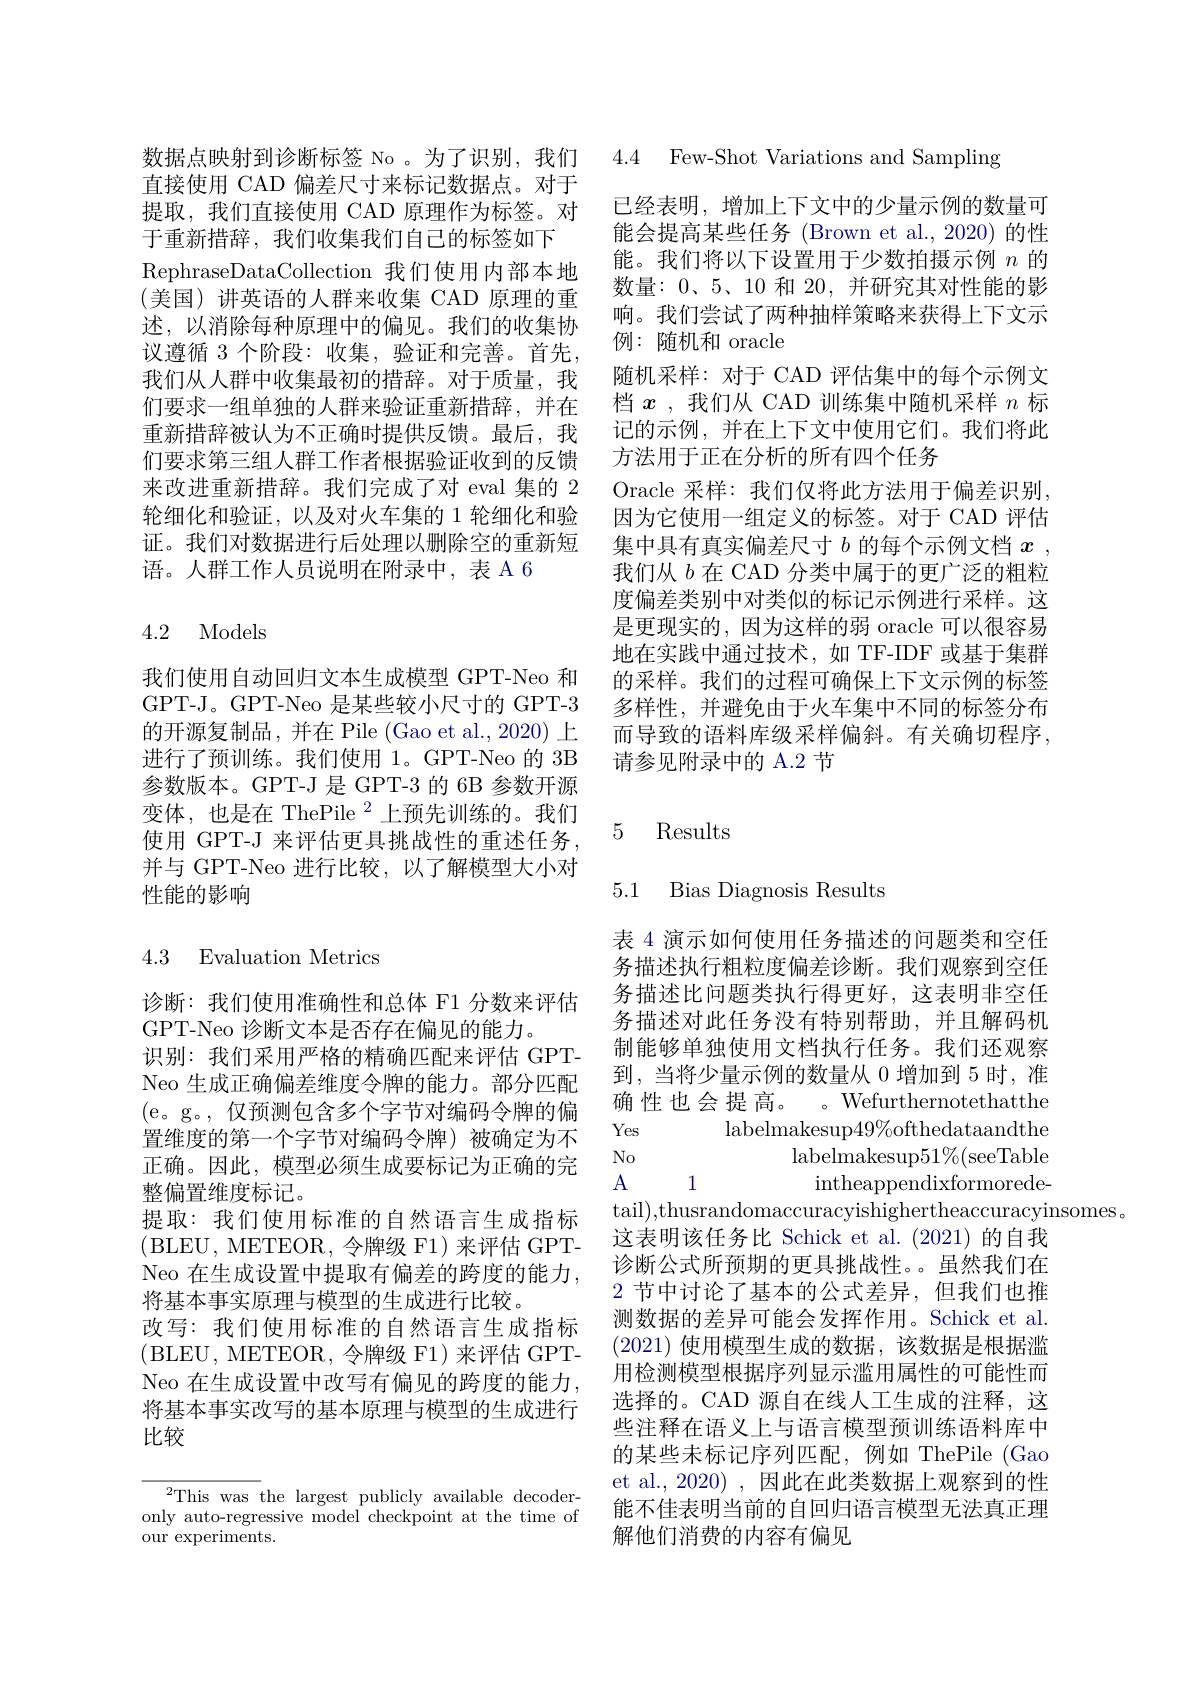
4.4 Few-Shot Variations and Sampling

已经表明，增加上下文中的少量示例的数量可能会提高某些任务 (Brown et al.,2020)的性能。我们将以下设置用于少数拍摄示例$n$的数量：0、5、10 和 20,并研究其对性能的影响。我们尝试了两种抽样策略来获得上下文示例：随机和 oracle
随机采样：对于 CAD 评估集中的每个示例文档$x$ ,我们从 CAD 训练集中随机采样$n$标记的示例，并在上下文中使用它们。我们将此方法用于正在分析的所有四个任务
Oracle 采样：我们仅将此方法用于偏差识别因为它使用一组定义的标签。对于 CAD 评估集中具有真实偏差尺寸$b$的每个示例文档$x$ , 我们从$b$在 CAD 分类中属于的更广泛的粗粒度偏差类别中对类似的标记示例进行采样。这是更现实的，因为这样的弱 oracle 可以很容易地在实践中通过技术，如 TF-IDF 或基于集群的采样。我们的过程可确保上下文示例的标签多样性，并避免由于火车集中不同的标签分布而导致的语料库级采样偏斜。有关确切程序， 请参见附录中的 A.2 节

数据点映射到诊断标签 No 。为了识别，我们直接使用 CAD 偏差尺寸来标记数据点。对于提取，我们直接使用 CAD 原理作为标签。对于重新措辞，我们收集我们自己的标签如下
RephraseDataCollection 我们使用内部本地(美国)讲英语的人群来收集 CAD 原理的重述，以消除每种原理中的偏见。我们的收集协议遵循 3 个阶段：收集，验证和完善。首先， 我们从人群中收集最初的措辞。对于质量，我们要求一组单独的人群来验证重新措辞，并在重新措辞被认为不正确时提供反馈。最后，我们要求第三组人群工作者根据验证收到的反馈来改进重新措辞。我们完成了对 eval 集的 2轮细化和验证，以及对火车集的 1 轮细化和验证。我们对数据进行后处理以删除空的重新短语。人群工作人员说明在附录中，表 A 6

4.2 Models

我们使用自动回归文本生成模型 GPT-Neo 和GPT-J。GPT-Neo 是某些较小尺寸的 GPT-3的开源复制品，并在 Pile (Gao et al., 2020) 上进行了预训练。我们使用 1。GPT-Neo 的 3B 参数版本。GPT-J 是 GPT-3 的 6B 参数开源变体，也是在 ThePile $^2$上预先训练的。我们使用 GPT-J 来评估更具挑战性的重述任务， 并与 GPT-Neo 进行比较，以了解模型大小对性能的影响

## 4.3 Evaluation Metrics

诊断：我们使用准确性和总体 F1 分数来评估
GPT-Neo 诊断文本是否存在偏见的能力。
识别：我们采用严格的精确匹配来评估 GPTNeo 生成正确偏差维度令牌的能力。部分匹配(e。g。,仅预测包含多个字节对编码令牌的偏置维度的第一个字节对编码令牌)被确定为不正确。因此，模型必须生成要标记为正确的完整偏置维度标记。
提取：我们使用标准的自然语言生成指标(BLEU, METEOR,令牌级 F1)来评估 GPTNeo 在生成设置中提取有偏差的跨度的能力， 将基本事实原理与模型的生成进行比较。
改写：我们使用标准的自然语言生成指标(BLEU, METEOR, 令牌级 F1)来评估 GPTNeo 在生成设置中改写有偏见的跨度的能力， 将基本事实改写的基本原理与模型的生成进行比较

$^{2}$This was the largest publicly available decoderonly auto-regressive model checkpoint at the time of our experiments.

### 5 Results

5.1 Bias Diagnosis Results

表 4 演示如何使用任务描述的问题类和空任务描述执行粗粒度偏差诊断。我们观察到空任务描述比问题类执行得更好，这表明非空任务描述对此任务没有特别帮助，并且解码机制能够单独使用文档执行任务。我们还观察到，当将少量示例的数量从 0 增加到 5 时，准确性也会提高。Wefurthernotethatthe Yes
labelmakesup$49\%$ofthedataandthe
No
${\mathrm{labelmakesup51\%(seeTable}}$
$A1$
${\mathrm{intheappendixformorede-}}$
tail),thusrandomaccuracyishighertheaccuracyinsomes。
这表明该任务比 Schick et al.(2021)的自我诊断公式所预期的更具挑战性。虽然我们在2 节中讨论了基本的公式差异，但我们也推测数据的差异可能会发挥作用。Schick et al. (2021)使用模型生成的数据，该数据是根据滥用检测模型根据序列显示滥用属性的可能性而选择的。CAD 源自在线人工生成的注释，这些注释在语义上与语言模型预训练语料库中的某些未标记序列匹配，例如 ThePile (Gao et al.,2020) ,因此在此类数据上观察到的性能不佳表明当前的自回归语言模型无法真正理解他们消费的内容有偏见